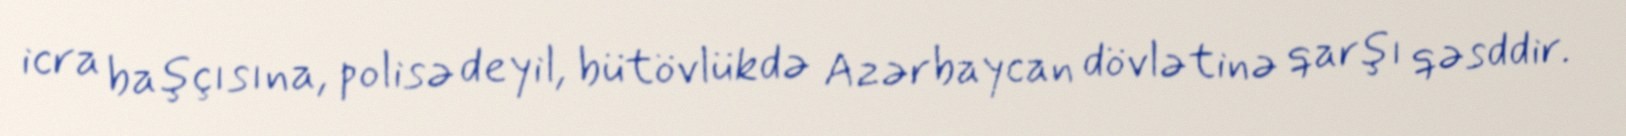
icra başçısına, polisə deyil, bütövlükdə Azərbaycan dövlətinə qarşı qəsddir.